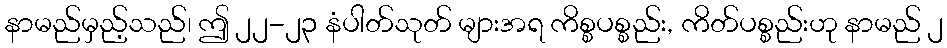
နာမည်မှည့်သည်၊ ဤ ၂၂-၂၃ နံပါတ်သုတ် များအရ ကိစ္စပစ္စည်း, ကိတ်ပစ္စည်းဟု နာမည် ၂